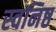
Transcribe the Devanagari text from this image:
स्वनिष्ठ